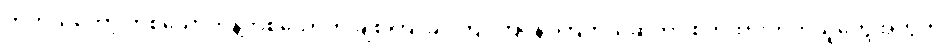
တကယ်တော့ တစ်ယောက်နဲ့တစ်ယောက် ချစ်ကြ၊ ခင်ကြ၊ ကြင်နာကြတယ်ဆိုတာ စိတ်ထားတတ်သူတွေအတွက်